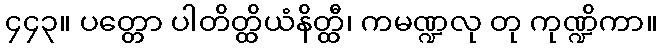
၄၄၃။ ပတ္တော ပါတိတ္ထိယံနိတ္ထီ၊ ကမဏ္ဍလု တု ကုဏ္ဍိကာ။